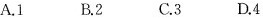
A.1 B.2 C.3 D.4